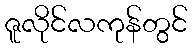
ဇူလိုင်လကုန်တွင်